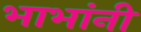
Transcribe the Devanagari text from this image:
भाभांनी